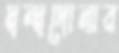
দ্বন্দ্বদোলার